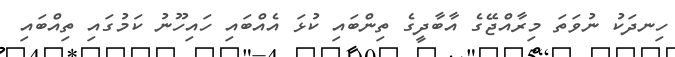
ހިނދަކު ނުވަތަ މިރާއްޖޭގެ އާބާދީގެ ތިންބައި ކުޅަ އެއްބައި ހައިހޫނު ކަމުގައި ތިއްބައި